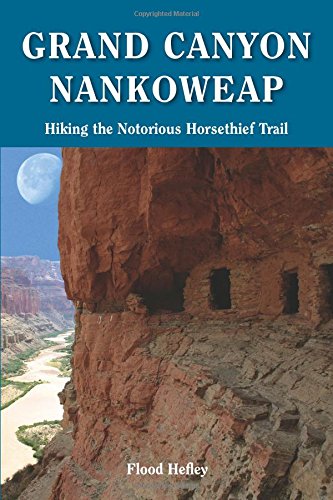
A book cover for Grand Canyon Nankoweap: Hiking the Notorious Horsethief Trail; Flood Hefley; Travel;